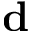
\textbf { d }